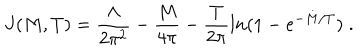
LaTeX: J ( M , T ) = \frac { \Lambda } { 2 \pi ^ { 2 } } - \frac { M } { 4 \pi } - \frac { T } { 2 \pi } l n ( 1 - e ^ { - M / T } ) \; .